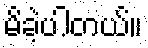
မိခဲ့ပါတယ်။